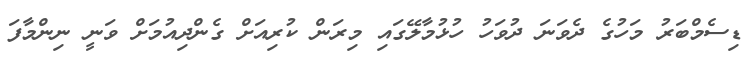
ޑިސެމްބަރު މަހުގެ ދެވަނަ ދުވަހު ހުޅުމާލޭގައި މިރަން ކުރިއަށް ގެންދިއުމަށް ވަނީ ނިންމާފަ